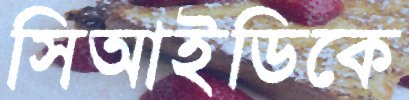
সিআইডিকে